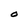
Character: O